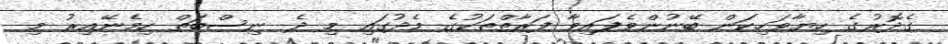
ގެދޮރުގެ ހިޔާވަހިކަން ބޭނުންވެފައިވާ ފަރާތްތަކުގެ މެދުގައި މި ދެ ނިސްބަތް ހިމެނޭއިރު މި